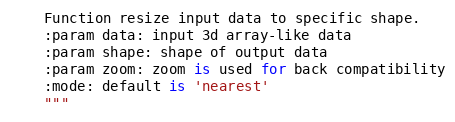
Language: Python
    Function resize input data to specific shape.
    :param data: input 3d array-like data
    :param shape: shape of output data
    :param zoom: zoom is used for back compatibility
    :mode: default is 'nearest'
    """